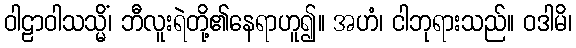
ဝါဠာဝါသသ္မိံ၊ ဘီလူးရဲတို့၏နေရာဟူ၍။ အဟံ၊ ငါဘုရားသည်။ ဝဒါမိ၊